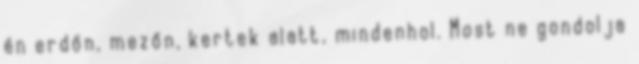
én erdőn, mezőn, kertek alatt, mindenhol. Most ne gondolja